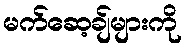
မက်ဆေ့ချ်များကို